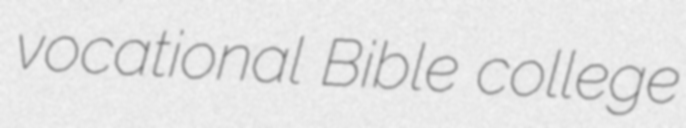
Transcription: vocational Bible college